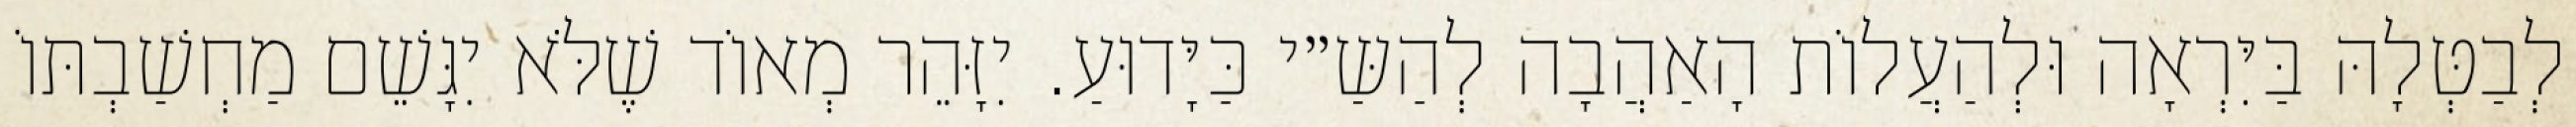
לְבַטְּלָהּ בַּיִּרְאָה וּלְהַעֲלוֹת הָאַהֲבָה לְהַשַּ״י כַּיָּדוּעַ. יִזָּהֵר מְאוֹד שֶׁלֹּא יִגָּשֵׁם מַחְשַׁבְתּוֹ